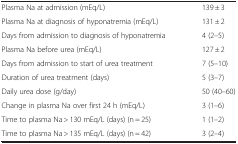
<table><thead><tr><td><b> </b></td><td><b> </b></td></tr></thead><tbody><tr><td>Plasma Na at admission (mEq/L)</td><td>139 ± 3</td></tr><tr><td>Plasma Na at diagnosis of hyponatremia (mEq/L)</td><td>131 ± 2</td></tr><tr><td>Days from admission to diagnosis of hyponatremia</td><td>4 (2–5)</td></tr><tr><td>Plasma Na before urea (mEq/L)</td><td>127 ± 2</td></tr><tr><td>Days from admission to start of urea treatment</td><td>7 (5–10)</td></tr><tr><td>Duration of urea treatment (days)</td><td>5 (3–7)</td></tr><tr><td>Daily urea dose (g/day)</td><td>50 (40–60)</td></tr><tr><td>Change in plasma Na over first 24 h (mEq/L)</td><td>3 (1–6)</td></tr><tr><td>Time to plasma Na &gt; 130 mEq/L (days) (n = 25)</td><td>1 (1–2)</td></tr><tr><td>Time to plasma Na &gt; 135 mEq/L (days) (n = 42)</td><td>3 (2–4)</td></tr></tbody></table>